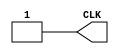
`timescale 1ns/1ns

module Clock_390(CLK);

output CLK;
reg CLK;

initial begin
	CLK = 1'b1;
end

always begin
	#195 CLK = 1'b0;
	#195 CLK = 1'b1;
end

endmodule